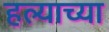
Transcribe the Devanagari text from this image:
हल्याच्या